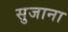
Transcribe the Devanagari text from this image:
सुजाना